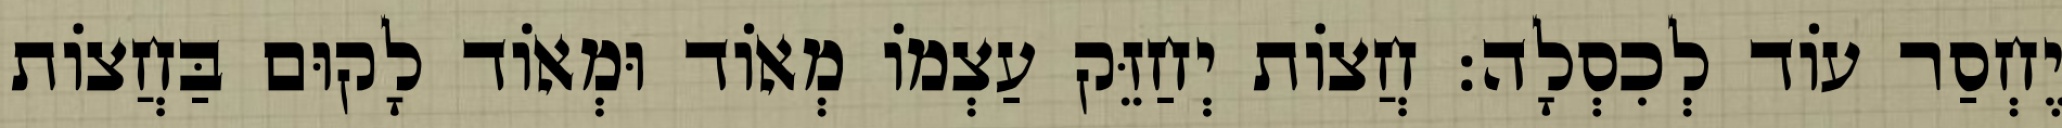
יֶחְסַר עוֹד לְכִסְלָה: חֲצוֹת יְחַזֵּק עַצְמוֹ מְאוֹד וּמְאוֹד לָקוּם בַּחֲצוֹת